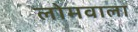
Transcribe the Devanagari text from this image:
लोमवाला